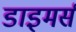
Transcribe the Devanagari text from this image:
डाइमर्स